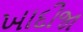
ખાદીજા